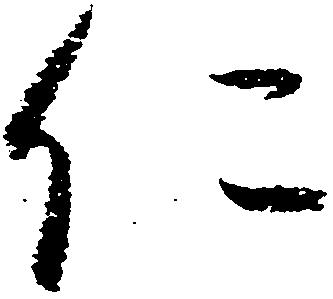
仁